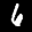
Label: 6